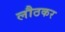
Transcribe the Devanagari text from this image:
लौठकर